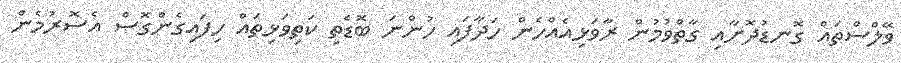
ވޭލްސްތައް ގޮނޑުދޮށާއި ގާތްވުމުން ރާވަޅިއެއްހެން ހަދާފައި ހުންނަ ބޮޑެތި ކަތިވަޅިތައް ހިފައިގެންގޮސް އެސޮރުމެން